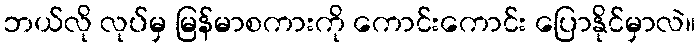
ဘယ်လို လုပ်မှ မြန်မာစကားကို ကောင်းကောင်း ပြောနိုင်မှာလဲ။